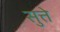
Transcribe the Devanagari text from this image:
सुत्ते